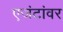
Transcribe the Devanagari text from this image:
एजंटांवर